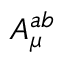
A _ { \mu } ^ { a b }